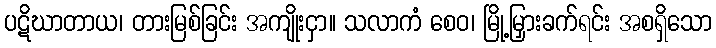
ပဋိဃာတာယ၊ တားမြစ်ခြင်း အကျိုးငှာ။ သလာကံ စေဝ၊ မြို့မြှားခက်ရင်း အစရှိသော